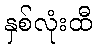
နှစ်လုံးထီ